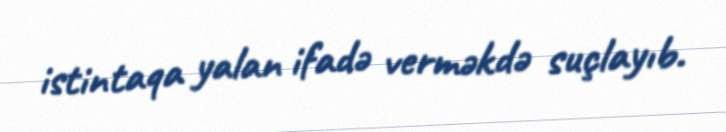
istintaqa yalan ifadə verməkdə suçlayıb.